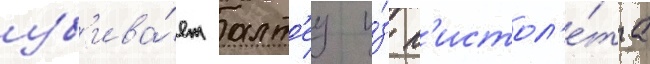
уб'ива́ет алт'еу и́з п'истол'е́та